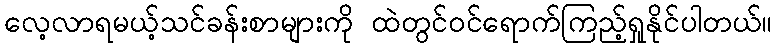
လေ့လာရမယ့်သင်ခန်းစာများကို ထဲတွင်၀င်ရောက်ကြည့်ရှုနိုင်ပါတယ်။